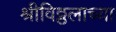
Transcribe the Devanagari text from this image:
श्रीविठ्ठलाच्या